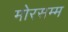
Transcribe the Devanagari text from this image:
मोरसम्म